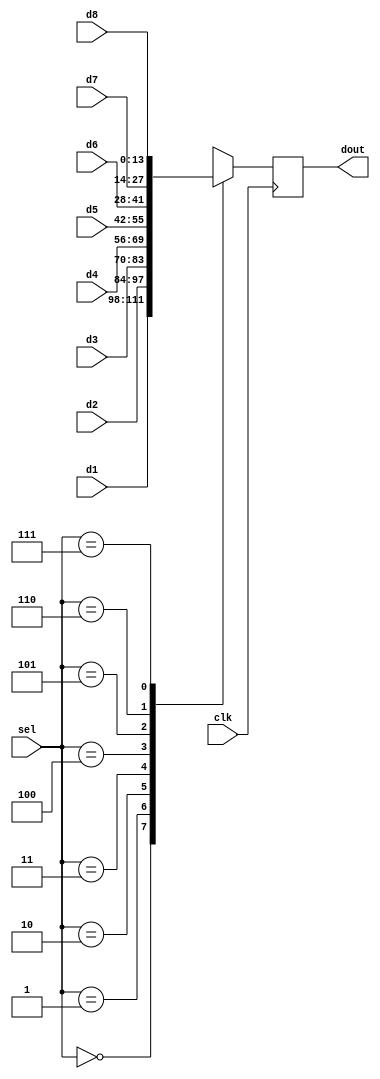
module MUX81 (
    output reg [13:0] dout,
    input [2:0] sel,
    input [13:0] d1, d2, d3, d4, d5, d6, d7, d8,
    input clk);

    always @ (posedge clk) begin
        casez(sel)
            3'b000: dout <= d1;
            3'b001: dout <= d2;
            3'b010: dout <= d3;
            3'b011: dout <= d4;
            3'b100: dout <= d5;
            3'b101: dout <= d6;
            3'b110: dout <= d7;
            3'b111: dout <= d8;
            default: dout <= 14'bz;
        endcase
    end

endmodule